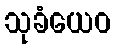
သုခံယေဝ